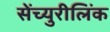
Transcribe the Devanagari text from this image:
सेंच्युरीलिंक